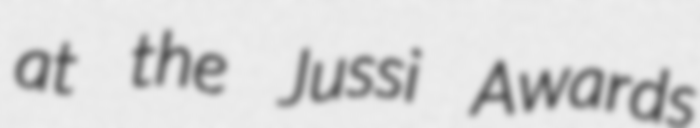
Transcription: at the Jussi Awards